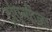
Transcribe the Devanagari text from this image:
ट्रांएन्थीला